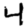
Digit: 4